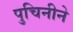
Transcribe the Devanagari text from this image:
पुचिनीने